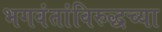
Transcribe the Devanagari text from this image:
भगवंतांविरुद्धच्या